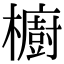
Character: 櫥